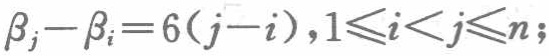
\(\beta_{j}-\beta_{i}=6(j - i),1\leqslant i<j\leqslant n;\)